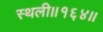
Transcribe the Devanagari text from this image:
स्थली॥१६४॥